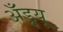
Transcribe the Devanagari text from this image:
अॅँड्र्यू